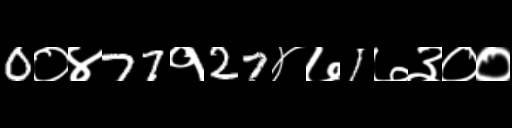
Text: 0०४77१27४७1७३००